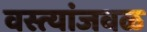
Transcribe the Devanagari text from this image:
वस्त्यांजवळ